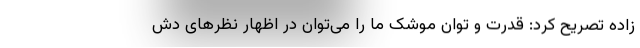
زاده تصریح کرد: قدرت و توان موشک ما را می‌توان در اظهار نظرهای دش